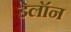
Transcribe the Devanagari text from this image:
डेलॉन